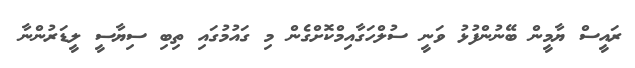
ރައީސް ޔާމީން ބޭނުންފުޅު ވަނީ ސުލްހަގާއިމްކޮށްގެން މި ގައުމުގައި ތިބި ސިޔާސީ ލީޑަރުންނާ